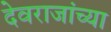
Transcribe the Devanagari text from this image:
देवराजांच्या